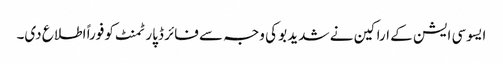
ایسوسی ایشن کے اراکین نے شدید بو کی وجہ سے فائر ڈپارٹمنٹ کو فوراً اطلاع دی۔